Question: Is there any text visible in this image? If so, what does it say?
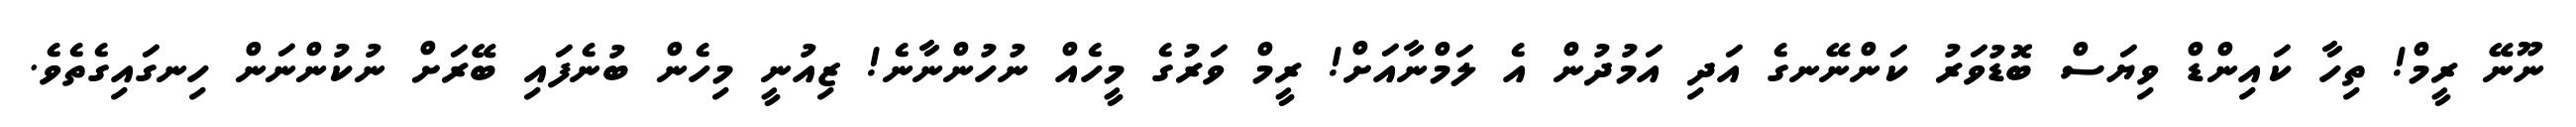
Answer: ނޫނޭ ރީމް! ތިހާ ކައިންޑް ވިޔަސް ބޮޑުވަރު ކަންނޭނގެ އަދި އަމުދުން އެ ލަމްނާއަށް! ރީމް ވަރުގެ މީހެއް ނުހުންނާނެ! ޒިއުނީ މިހެން ބުނެފައި ބޭރަށް ނުކުންނަން ހިނގައިގެތެވެ.